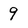
Character: 9